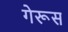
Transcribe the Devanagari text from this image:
गेरूस